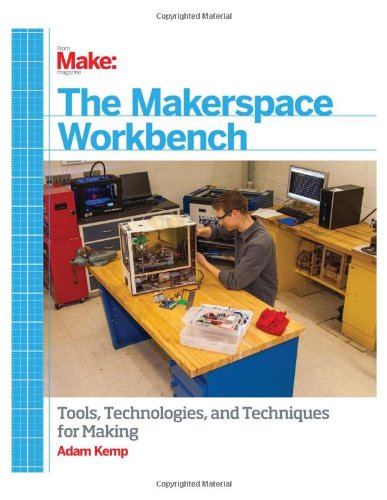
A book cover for Make: The Makerspace Workbench: Tools, Technologies, and Techniques for Making; Adam Kemp; Education & Teaching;